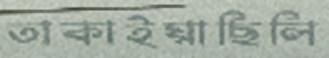
তাকাইয়াছিলি